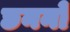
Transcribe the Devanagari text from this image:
छननों